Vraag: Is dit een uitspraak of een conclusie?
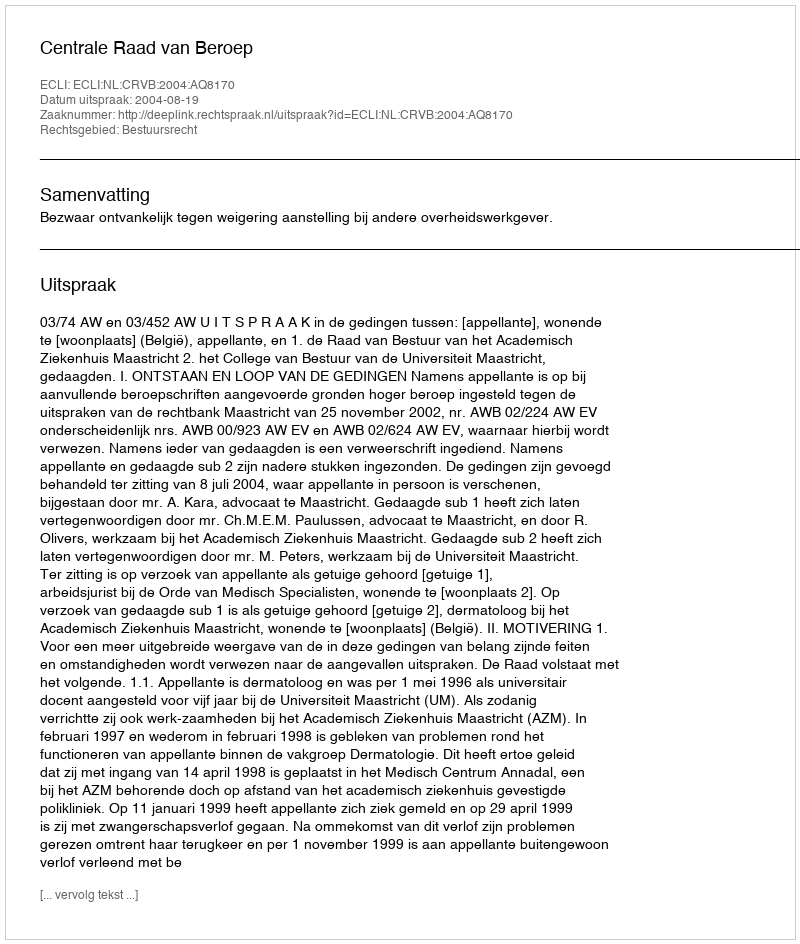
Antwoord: Uitspraak